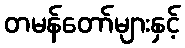
တမန်တော်များနှင့်